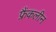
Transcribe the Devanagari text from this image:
फ्रैंकलीन